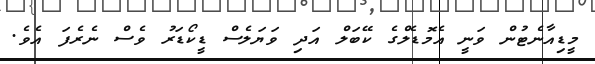
މީޑިއާނެޓުން ވަނީ އެމޮޑެލްގެ ކޭބަލް އަދި ވަޔަލެސް ޑީކޯޑަރު ވެސް ނެރެފަ އެވެ.